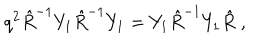
q ^ { 2 } \hat { R } ^ { - 1 } Y _ { 1 } \hat { R } ^ { - 1 } Y _ { 1 } = Y _ { 1 } \hat { R } ^ { - 1 } Y _ { 1 } \hat { R } \; ,